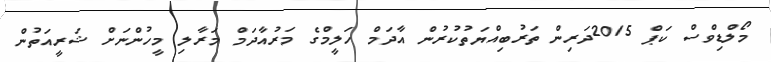
މޯލްޑިވްސް ކަޕް 2015ދަރިން ތަރުބިއްޔަތުކުރުން އާދަމް ހަލީމްގެ މަރުއާދަމް މަރާލި މީހުންނަށް ޝަރީއަތުން